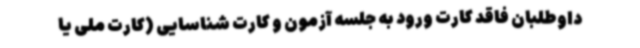
داوطلبان فاقد کارت ورود به جلسه آزمون و کارت شناسایی (کارت ملی یا